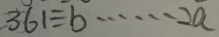
3 6 1 \div b \cdots 2 a